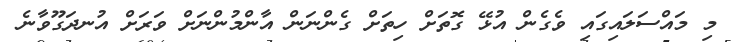
މި މައްސަލައިގައި ވެގެން އުޅޭ ގޮތަށް ހިތަށް ގެންނަން އާންމުންނަށް ވަރަށް އުނދަގޫވާނެ